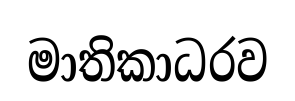
මාතිකාධරව